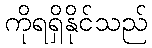
ကိုရရှိနိုင်သည်